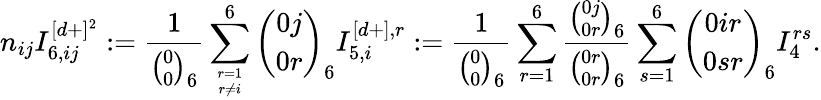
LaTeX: n_{ij}I_{6,ij}^{[d+]^{2}}:=\frac{1}{{\binom{0}{0}}_{6}}\sum_{r=1\atop r\not=i}^{6}{\binom{0j}{0r}}_{6}I_{5,i}^{[d+],r}:=\frac{1}{{\binom{0}{0}}_{6}}\sum_{r=1}^{6}\frac{{\binom{0j}{0r}}_{6}}{{\binom{0r}{0r}}_{6}}\sum_{s=1}^{6}{{\binom{0ir}{0sr}}_{6}}I_{4}^{rs}.